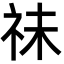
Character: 祙